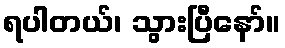
ရပါတယ်၊ သွားပြီနော်။